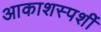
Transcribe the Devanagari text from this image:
आकाशस्पर्शी